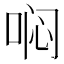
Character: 𱒶